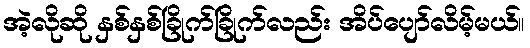
အဲ့လိုဆို နှစ်နှစ်ခြိုက်ခြိုက်လည်း အိပ်ပျော်လိမ့်မယ်။